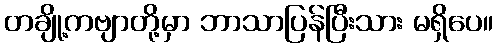
တချို့ကဗျာတို့မှာ ဘာသာပြန်ပြီးသား မရှိပေ။